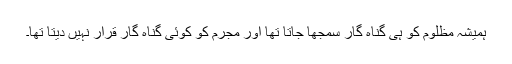
ہمیشہ مظلوم کو ہی گناہ گار سمجھا جاتا تھا اور مجرم کو کوئی گناہ گار قرار نہیں دیتا تھا۔